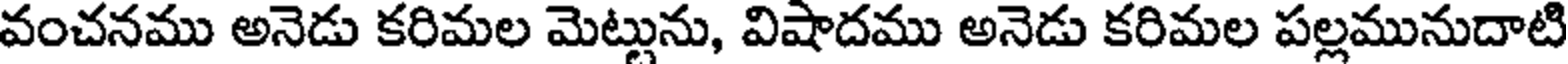
వంచనము అనెడు కరిమల మెట్లును, విషాదము అనెడు కరిమల పల్లమునుదాటి